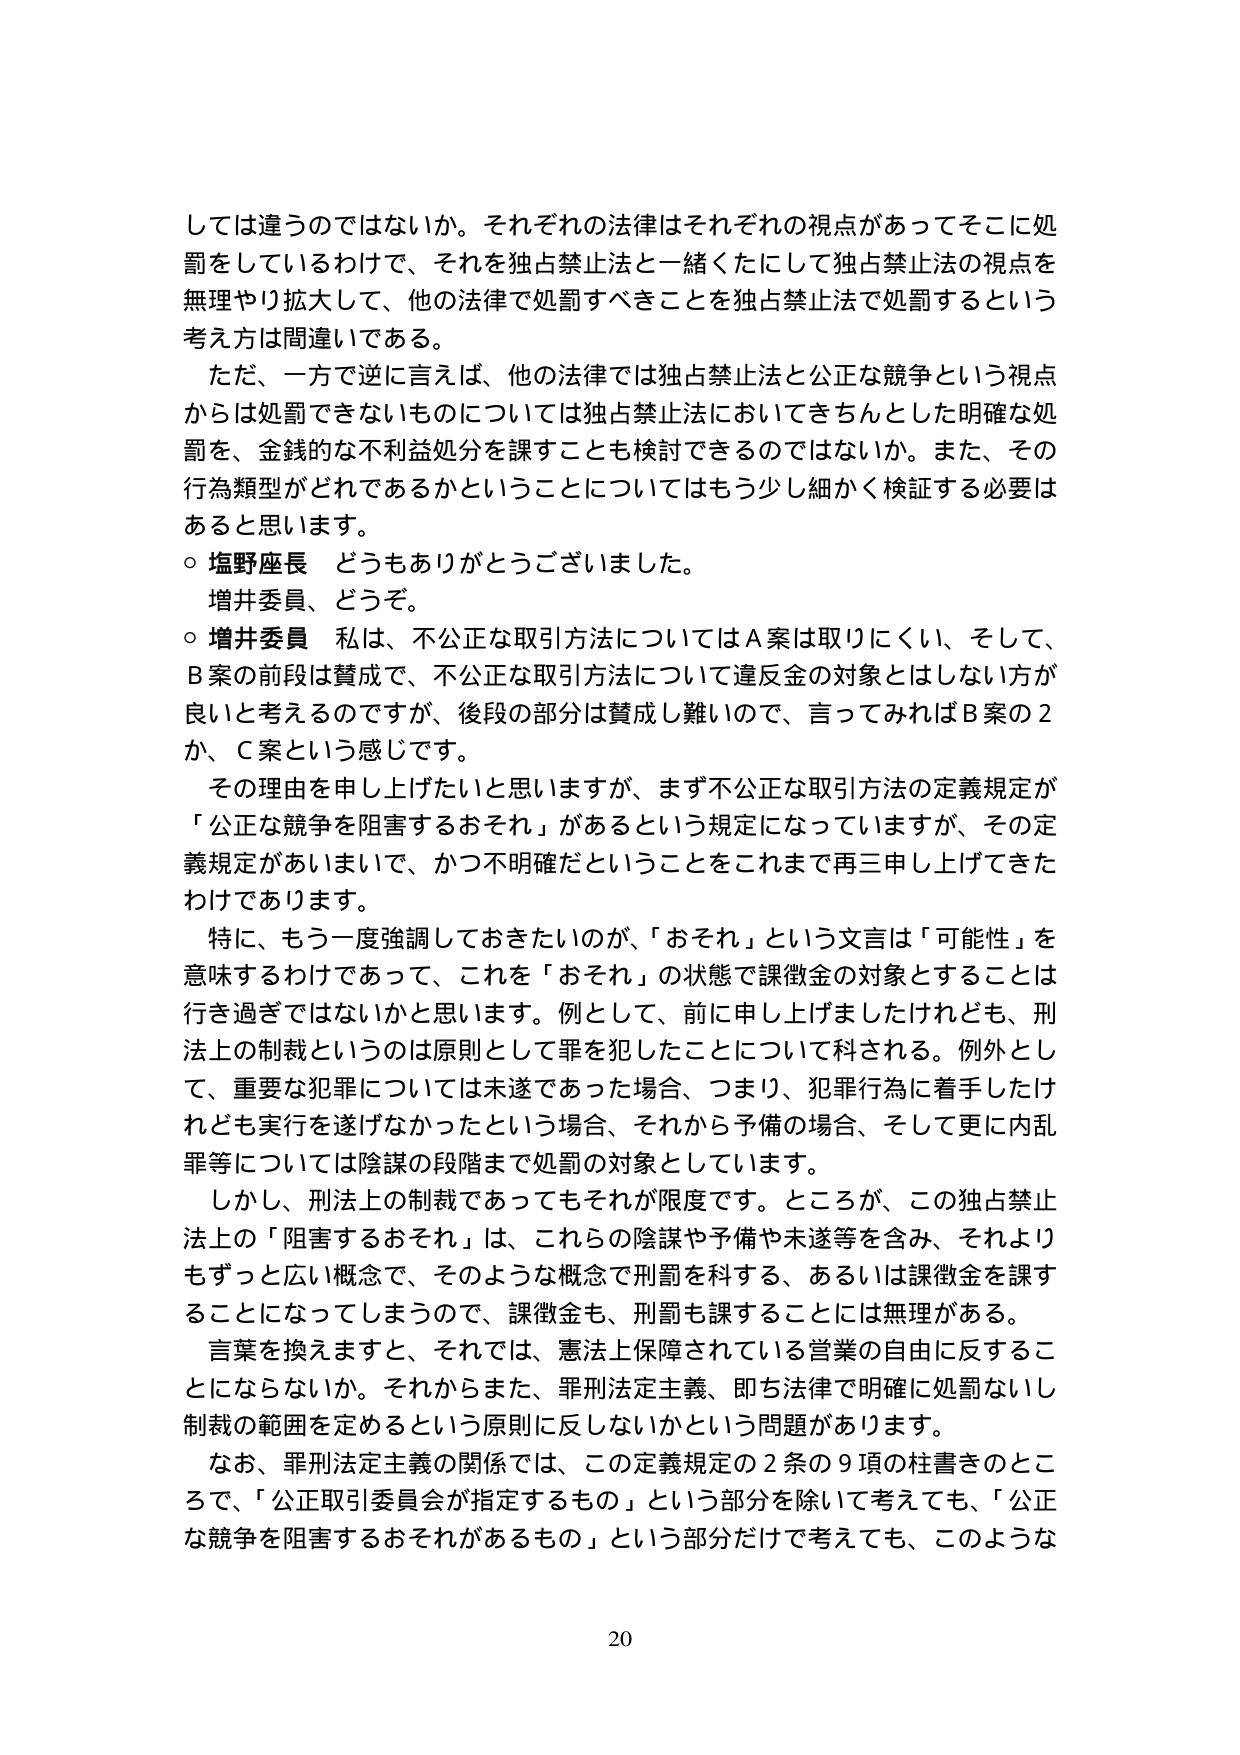
しては違うのではないか。それぞれの法律はそれぞれの視点があってそこに処罰をしているわけで、それを独占禁止法と一緒くたにして独占禁止法の視点を無理やり拡大して、他の法律で処罰すべきことを独占禁止法で処罰するという考え方は間違いである。

ただ、一方で逆に言えば、他の法律では独占禁止法と公正な競争という視点からは処罰できないものについては独占禁止法においてきちんとした明確な処罰を、金銭的な不利益処分を課すことも検討できるのではないか。また、その行為類型がどれであるかということについてはもう少し細かく検証する必要はあると思います。

○ 塩野座長 どうもありがとうございました。
　増井委員、どうぞ。

○ 増井委員 私は、不公正な取引方法についてはA案は取りにくい、そして、B案の前段は賛成で、不公正な取引方法について違反金の対象とはしない方が良いと考えるのですが、後段の部分は賛成し難いので、言ってみればB案の2か、C案という感じです。

その理由を申し上げたいと思いますが、まず不公正な取引方法の定義規定が「公正な競争を阻害するおそれ」があるという規定になっていますが、その定義規定があいまいで、かつ不明確だということをこれまで再三申し上げてきたわけであります。

特に、もう一度強調しておきたいのが、「おそれ」という文言は「可能性」を意味するわけであって、これを「おそれ」の状態で課徴金の対象とすることは行き過ぎではないかと思います。例として、前に申し上げましたけれども、刑法上の制裁というのは原則として罪を犯したことについて科される。例外として、重要な犯罪については未遂であった場合、つまり、犯罪行為に着手したけれども実行を遂げなかったという場合、それから予備の場合、そして更に内乱罪等については陰謀の段階まで処罰の対象としています。

しかし、刑法上の制裁であってもそれが限度です。ところが、この独占禁止法上の「阻害するおそれ」は、これらの陰謀や予備や未遂等を含み、それよりもずっと広い概念で、そのような概念で刑罰を科する、あるいは課徴金を課すことになってしまうので、課徴金も、刑罰も課することには無理がある。

言葉を換えますと、それでは、憲法上保障されている営業の自由に反することにならないか。それからまた、罪刑法定主義、即ち法律で明確に処罰ないし制裁の範囲を定めるという原則に反しないかという問題があります。

なお、罪刑法定主義の関係では、この定義規定の2条の9項の柱書きのところで、「公正取引委員会が指定するもの」という部分を除いて考えてても、「公正な競争を阻害するおそれがあるもの」という部分だけで考えてても、このような

20